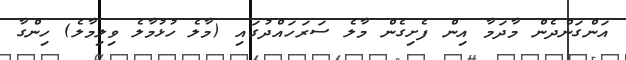
އަންގަންދެން މާދަމާ އިން ފެށިގެން މާލެ ސަރަހައްދުގައި (މާލެ ހުޅުމާލެ ވިލިމާލެ) ހިންގާ